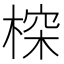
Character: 𣖉